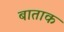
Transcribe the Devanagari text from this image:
बाताक